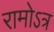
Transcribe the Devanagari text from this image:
रामोऽत्र